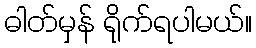
ဓါတ်မှန် ရိုက်ရပါမယ်။